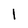
Character: l